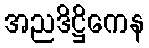
အညဒိဋ္ဌိကေန